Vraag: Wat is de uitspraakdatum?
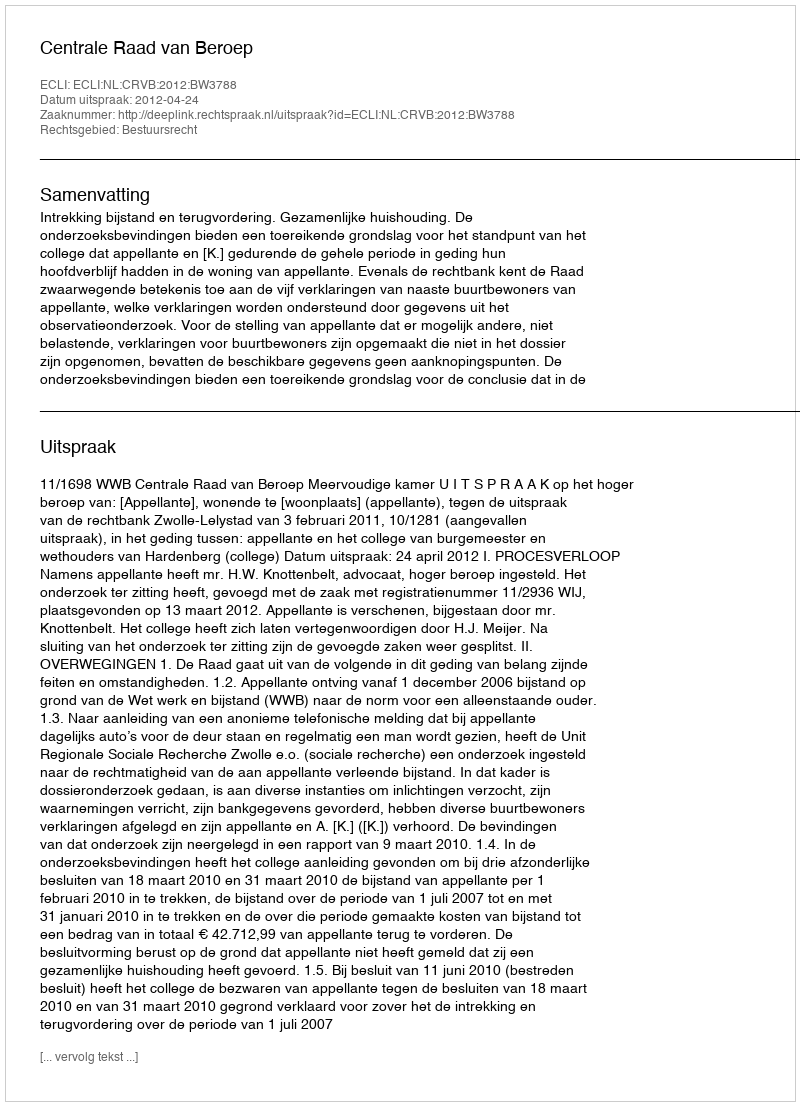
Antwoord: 2012-04-24